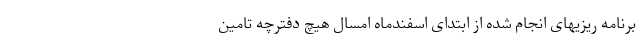
برنامه ریزیهای انجام شده از ابتدای اسفندماه امسال هیچ دفترچه تامین